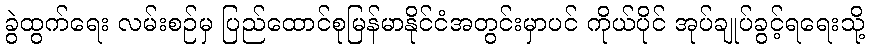
ခွဲထွက်ရေး လမ်းစဉ်မှ ပြည်ထောင်စုမြန်မာနိုင်ငံအတွင်းမှာပင် ကိုယ်ပိုင် အုပ်ချုပ်ခွင့်ရရေးသို့